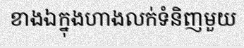
ខាងឯក្នុងហាងលក់ទំនិញមួយ